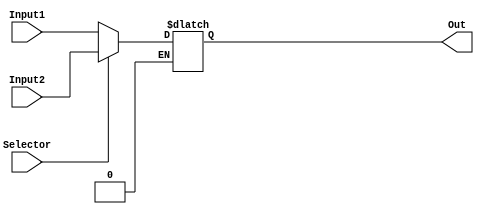
module MUX2TO1 (Input1, Input2, Selector, Out);
	input [31:0] Input1, Input2;
	input Selector;
	output reg[31:0] Out;
	
	always@(Input1, Input2, Selector) begin
	if(Selector==0) 
		Out=Input1;

	else if(Selector==1) 
		Out=Input2;

	end
	
endmodule